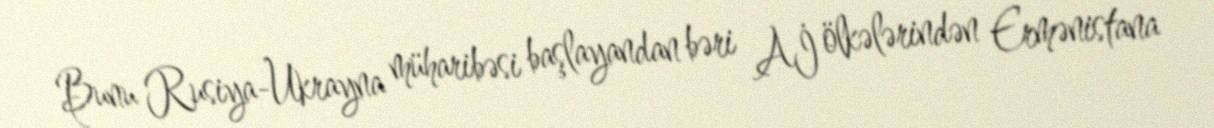
Bunu Rusiya-Ukrayna müharibəsi başlayandan bəri Aİ ölkələrindən Ermənistana